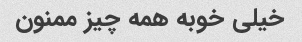
خیلی خوبه همه چیز ممنون